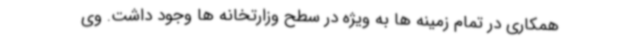
همکاری در تمام زمینه ها به ویژه در سطح وزارتخانه ها وجود داشت. وی